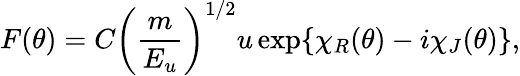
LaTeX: F(\theta)=C{\left(\frac{m}{E_{u}}\right)}^{1/2}u\exp\{ \chi_{R}(\theta)-i\chi_{J}(\theta)\} ,